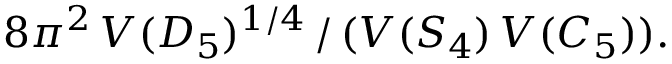
8 \pi ^ { 2 } \, V ( D _ { 5 } ) ^ { 1 / 4 } \, / \, ( V ( S _ { 4 } ) \, V ( C _ { 5 } ) ) .